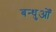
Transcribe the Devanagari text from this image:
बन्धुओँ